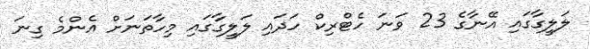
ލަލީގާގައި އޭނާގެ 23 ވަނަ ހެޓްރިކް ހަދައި ލަލީގާގައި މިހާތަނަށް އެންމެ ގިނަ